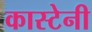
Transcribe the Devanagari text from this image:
कास्टेनी